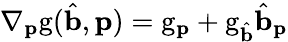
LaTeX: \nabla_{\mathbf{p}}\mathrm{g}(\hat{\mathbf{b}},\mathbf{p})=\mathrm{g}_{\mathbf{p}}+\mathrm{g}_{\hat{\mathbf{b}}}\hat{\mathbf{b}}_{\mathbf{p}}